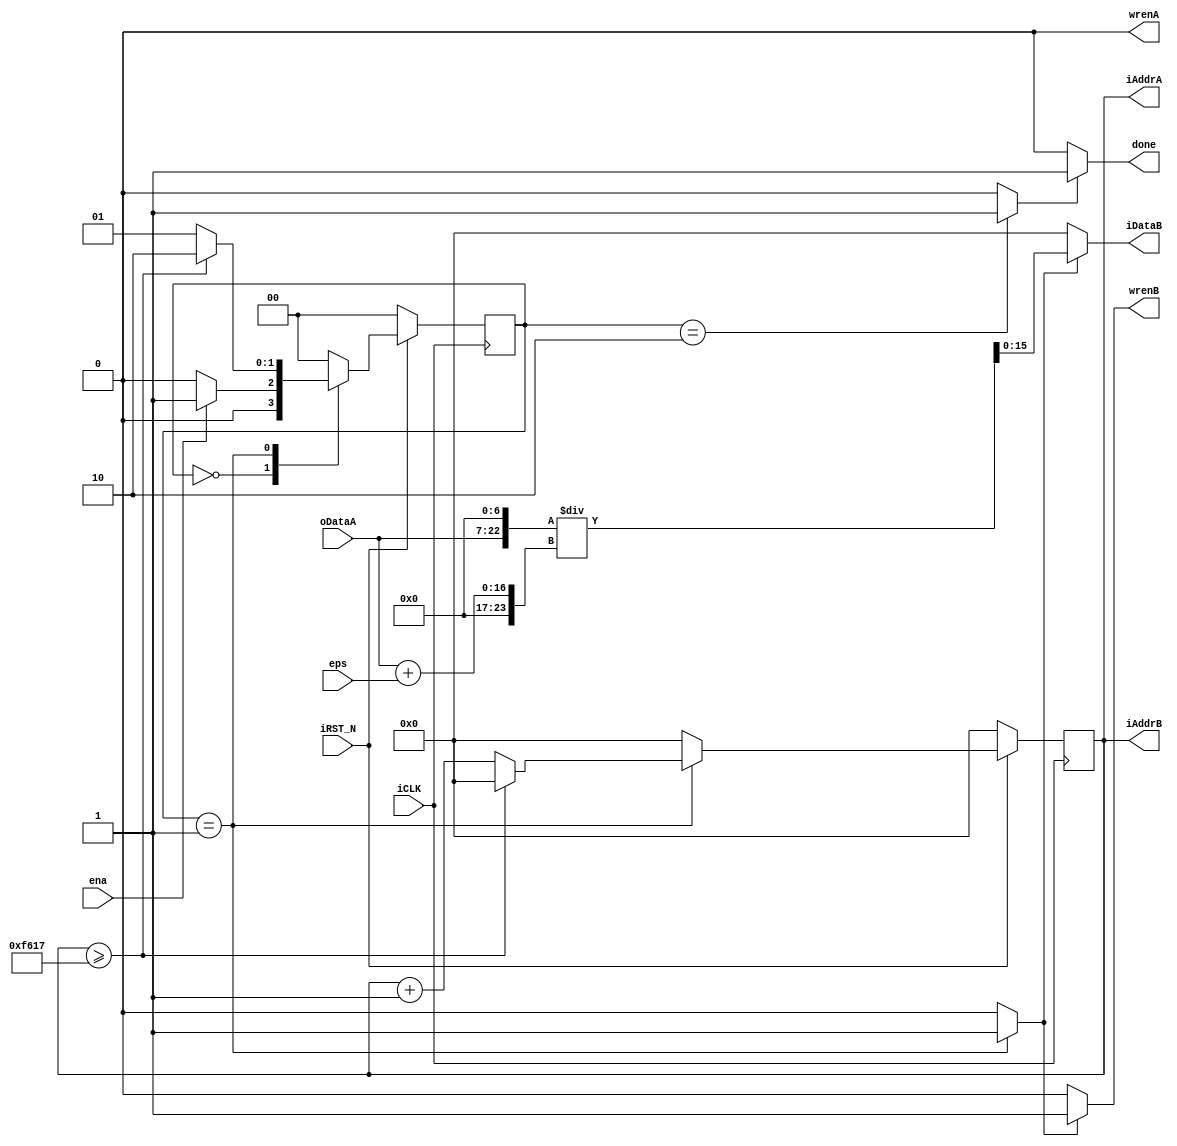
module calcu_a
// a
(
    input ena,
    output done,
    
    input iCLK,
    input iRST_N,
    
    input [15:0] eps,
    input [15:0] oDataA,
	
    output wrenA,
	output wrenB,
    output [15:0] iAddrA,
	output [15:0] iAddrB,
    output [15:0] iDataB
);

reg [1:0] STATUS;

wire s0,s1,s2,s3;
assign s0 = (STATUS==0) ? 1 : 0;
assign s1 = (STATUS==1) ? 1 : 0;
assign s2 = (STATUS==2) ? 1 : 0;
assign s3 = (STATUS==3) ? 1 : 0;

reg [15:0] iAddr;
assign iAddrA = iAddr;
assign iAddrB = iAddr;

wire [23:0] AA;
wire [23:0] BB;
wire [23:0] CC;

assign AA = oDataA << 7;
assign BB = oDataA + eps;
assign CC = AA / BB;

assign done   = s2 ? 1 : 0;
assign wrenA  = 0;       
assign wrenB  = s1 ? 1 : 0;  
assign iDataB = s1 ? CC[15:0] : 0;

always @(posedge iCLK)	begin
	if(!iRST_N)	begin
        iAddr <= 0;
    end
    else begin
        if(STATUS==1) begin
            if(iAddr >= 300*210 - 1) begin
                iAddr <= 0;
            end
            else begin
                iAddr <= iAddr + 1;
            end
        end
        else begin
            iAddr <= 0;
        end
    end
end

always @(posedge iCLK)	begin
	if(!iRST_N)	begin
        STATUS <= 0;
    end
    else begin
        case(STATUS)
        0: begin
            if(ena) begin
                STATUS <= 1;
            end
            else begin
                STATUS <= 0;          
            end
        end
        
        1: begin
            if(iAddr >= 300*210 - 1) begin
                STATUS <= 2;
            end
            else begin
				STATUS <= 1;
            end
        end
        
        2: begin
            STATUS <= 0;
        end
        
        default: begin 
            STATUS <= 0; 
        end
            
        endcase
    end
end


endmodule